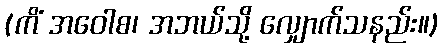
(ကိံ အဝေါစ၊ အဘယ်သို့ လျှောက်သနည်း။)